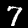
Label: 7